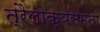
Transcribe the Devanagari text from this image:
त्रैलोक्यसमतां